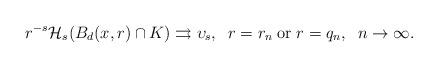
LaTeX: \begin{align*}r^{-s}\mathcal{H}_s(B_d(x,r)\cap K)\rightrightarrows \upsilon_s, \;\; r=r_n \; \mbox{or} \; r=q_n, \;\; n\to \infty.\end{align*}